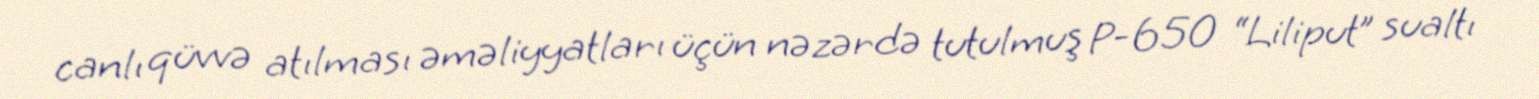
canlı qüvvə atılması əməliyyatları üçün nəzərdə tutulmuş P-650 “Liliput” sualtı